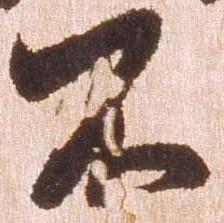
不